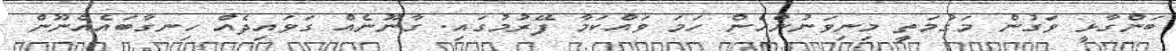
ބަންގާޅީ ވަގުން މަގުމަތީ މިނިވަނުންހެން ހަމަ ވައްކަމާ ފޭރުމުގައި. ގާނޫނެއް ގަވައިދެއް ހިނގާބައެއްނޫން